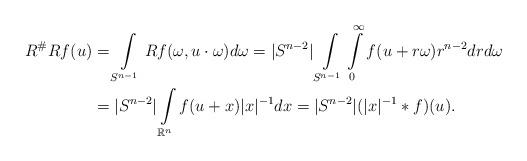
LaTeX: \begin{align*} R^\#Rf(u)&=\int\limits_{S^{n-1}}Rf(\omega,u \cdot \omega) d\omega =|S^{n-2}| \int\limits_{S^{n-1}} \int\limits_{0}^\infty f(u+r\omega)r^{n-2}drd\omega\\ &=|S^{n-2}| \int\limits_{\mathbb{R}^n} f(u+x)|x|^{-1}dx= |S^{n-2}| (|x|^{-1} \ast f)(u). \end{align*}